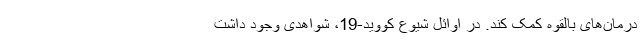
درمان‌های بالقوه کمک کند. در اوائل شیوع کووید-19، شواهدی وجود داشت